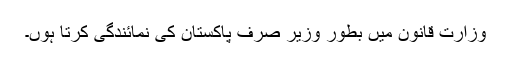
وزارت قانون میں بطور وزیر صرف پاکستان کی نمائندگی کرتا ہوں۔